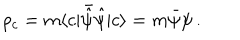
LaTeX: \rho _ { c } = m \langle c | \bar { \hat { \psi } } { \hat { \psi } } | c \rangle = m \bar { \psi } \psi \, .